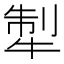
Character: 𤙲